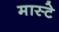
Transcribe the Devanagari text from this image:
मास्टे